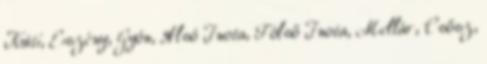
Kúti, Eszény, Gyón, Alsó Inota, Fölső Inota, Mellár, Csősz,